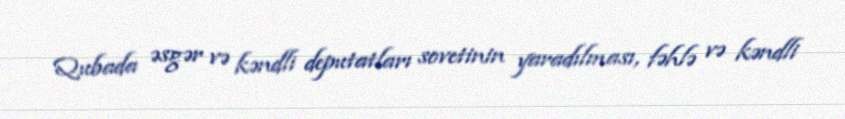
Qubada əsgər və kəndli deputatları sovetinin yaradılması, fəhlə və kəndli